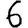
Digit: 6